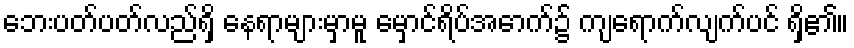
ဘေးပတ်ပတ်လည်ရှိ နေရာများမှာမူ မှောင်ရိပ်အောက်၌ ကျရောက်လျက်ပင် ရှိ၏။